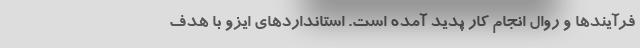
فرآیندها و روال انجام کار پدید آمده است. استانداردهای ایزو با هدف